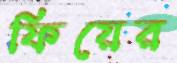
ফিয়ের